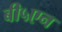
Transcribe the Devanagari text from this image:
बी५एन